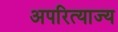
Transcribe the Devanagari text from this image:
अपरित्याज्य